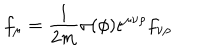
f _ { \mu } = \frac { 1 } { 2 m } \sigma ( \phi ) \epsilon ^ { \mu \nu \rho } f _ { \nu \rho }